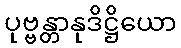
ပုဗ္ဗန္တာနုဒိဋ္ဌိယော